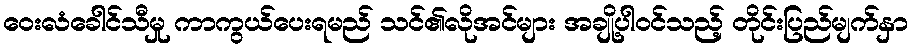
ဝေးလံခေါင်သီမှု ကာကွယ်ပေးရမည် သင်၏လိုအင်များ အချို့ပါဝင်သည့် တိုင်းပြည်မျက်နှာ